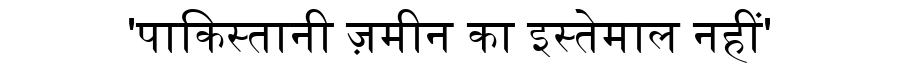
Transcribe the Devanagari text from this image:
'पाकिस्तानी ज़मीन का इस्तेमाल नहीं'